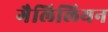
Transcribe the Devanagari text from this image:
गैलिलियन